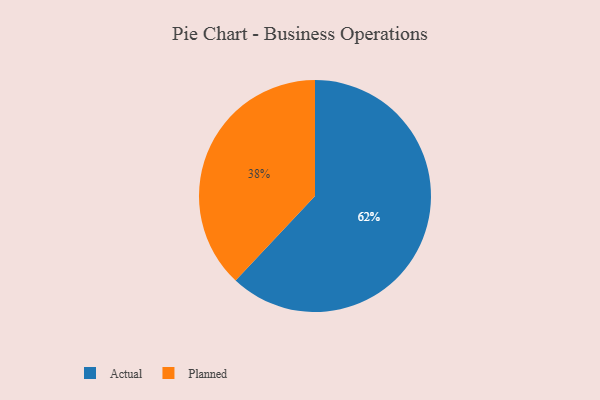
{"axis": {"x": "Category", "y": "Percentage"}, "legend": ["Actual", "Planned"], "data": [{"x": "Actual", "y": 62, "type": "Actual"}, {"x": "Planned", "y": 38, "type": "Planned"}]}